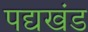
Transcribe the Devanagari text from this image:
पद्यखंड